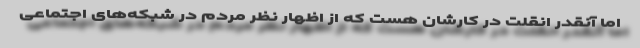
اما آنقدر انقلت در کارشان هست که از اظهار نظر مردم در شبکه‌های اجتماعی